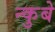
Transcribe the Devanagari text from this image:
न्कुबे